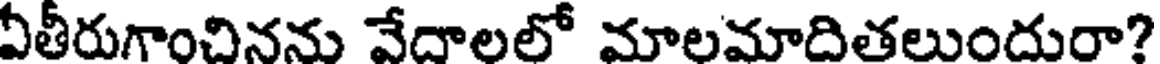
ఏతీరుగాంచినను వేదాలలో మాలమాదితలుందురా?